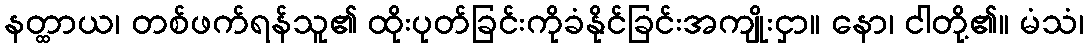
နတ္ထာယ၊ တစ်ဖက်ရန်သူ၏ ထိုးပုတ်ခြင်းကိုခံနိုင်ခြင်းအကျိုးငှာ။ နော၊ ငါတို့၏။ မံသံ၊